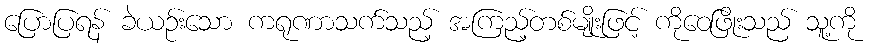
ပြောပြရန် ခဲယဉ်းသော ကရုဏာသက်သည့် အကြည့်တစ်မျိုးဖြင့် ကိုဝေဖြိုးသည် သူ့ကို